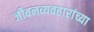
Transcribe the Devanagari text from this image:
जीवनव्यवहारांच्या